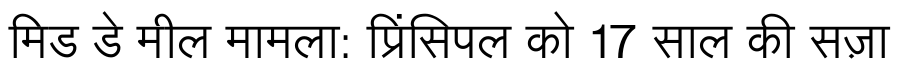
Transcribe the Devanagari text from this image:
मिड डे मील मामला: प्रिंसिपल को 17 साल की सज़ा